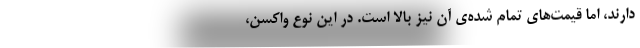
دارند، اما قیمت‌های تمام شده‌ی آن نیز بالا است. در این نوع واکسن،